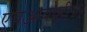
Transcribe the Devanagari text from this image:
एचआयव्हीचा